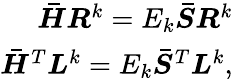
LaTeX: \begin{array}{r}{\boldsymbol{\bar{H}R}^{k}=E_{k}\boldsymbol{\bar{{S}}R}^{k}}\\ {\boldsymbol{\bar{H}}^{T}\boldsymbol{L}^{k}=E_{k}\boldsymbol{\bar{{S}}}^{T}\boldsymbol{L}^{k},}\end{array}